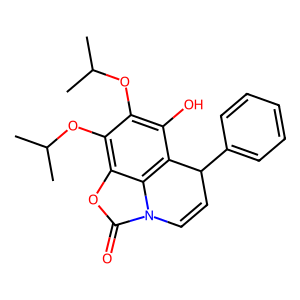
SMILES: CC(C)Oc1c(O)c2c3c(oc(=O)n3C=CC2c2ccccc2)c1OC(C)C
Inhibits HIV replication: No